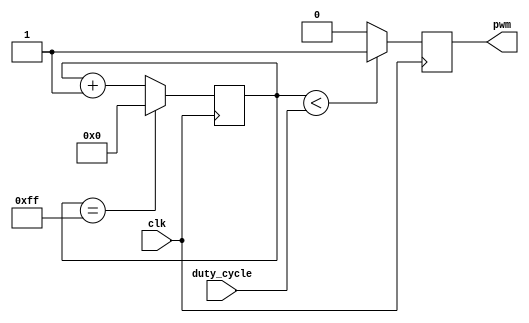
module PWM_generator (
    input clk,
    input [7:0] duty_cycle,
    output reg pwm
);

reg [7:0] count;

always @(posedge clk) begin
    if (count == 255) begin
        count <= 0;
    end else begin
        count <= count + 1;
    end
    
    if (count < duty_cycle) begin
        pwm <= 1;
    end else begin
        pwm <= 0;
    end
end

endmodule